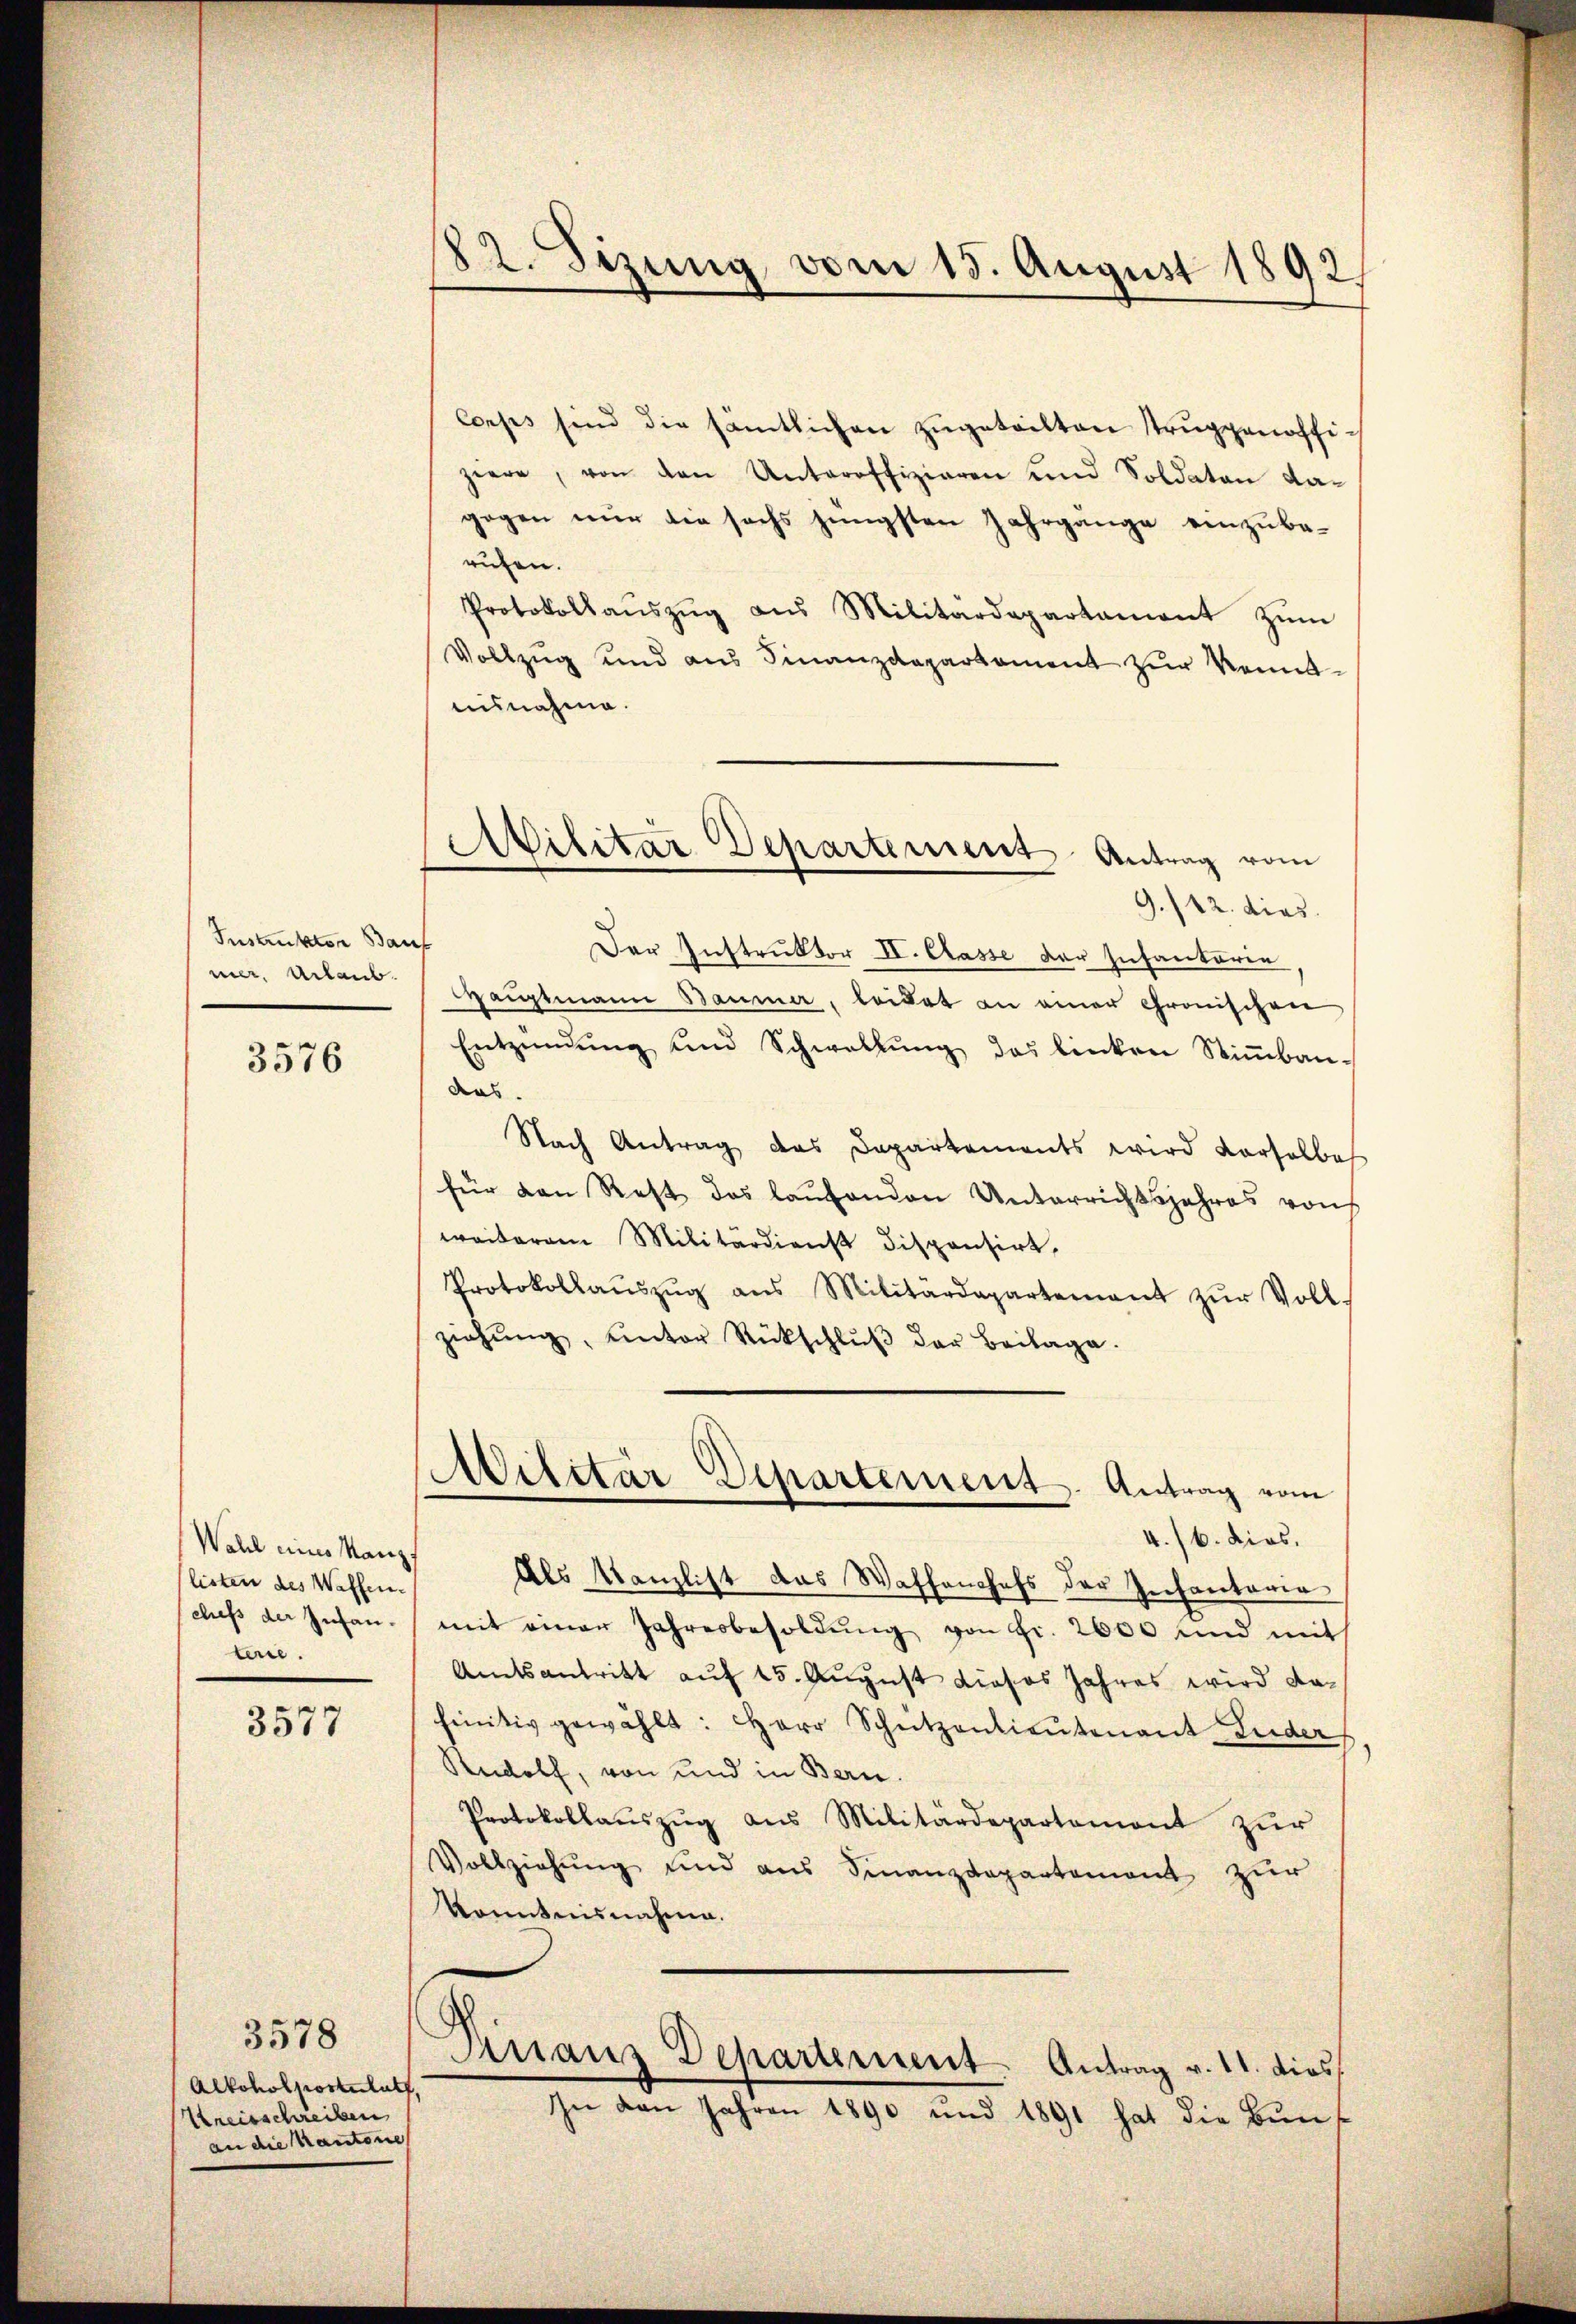
Instruktor Bauf
ner, Urlaub.

3576

Wahl eines Kanz.
(listen des Waffen.
ches der Infanterie.

3577

3578
Alkoholpostulat,
Kreisschreiben
an die Kantone

22. Sizung vom 15. August 1892.

Atilitar Departement Antrag vom

Corps sind die sämtlichen zugeteilten truppenoffi-
ziere, von den Unteroffizieren und Soldaten da-
gegen nur die sechs jüngsten Jahrgänge einzuberufen.
Protokollaŭszŭg aŭs Militärdepartament zŭm
Vollzug und aus Finanzdepartament zur Kenntausnahme.
9./12. dies
Der Instruktor II. Casse der Infanterie
Hauptmann Baumer, leidet an einer Gronischen
Entzündŭng und Schwallŭng des linken Stiṁban-
das.
Nach Antrag das Departements wird derselbe
für den Rest das laŭfenden Unterrichtsjahres von
weiterem Militärdienst dispensirt,
Protokollaŭszŭg ans Militärdepartement zŭr Voll-
ziehŭng, unter Rückschlŭβ der Beilage.
Militär Departement. Antrag vom
4./6. dies.
Als Kanzlist das Waffenchefs der Infantaria
mit einer Jahresbesoldŭng von Fr. 2600 und mit
Amtsantritt auf 15. August dieses Jahres wird dafinitiv gewählt: Herr Schützenlieutenant Luder
Rudolf, von und in Bern.
Protokollauszug aus Militärdepartemont zur
Vollziehung und aus Finanzdepartement zur
konntnisnahme.
Finanz Departement. Antrag v. 11. dies
In den Jahren 1890 und 1891 hat die Bun